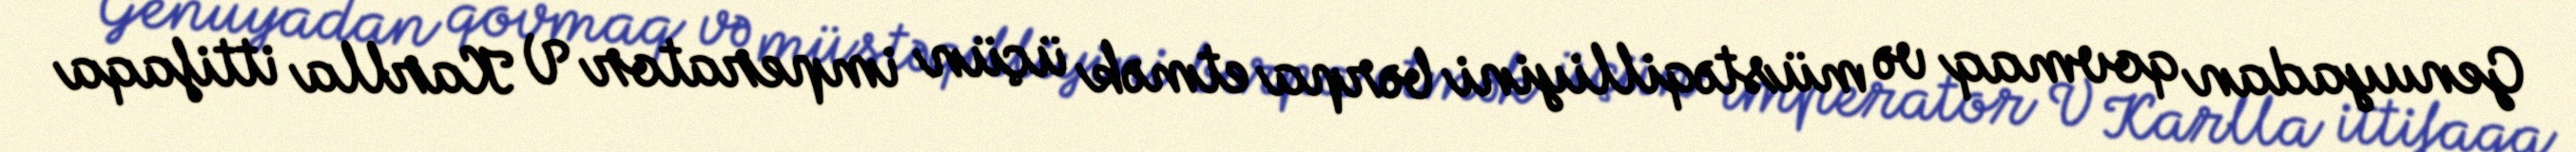
Genuyadan qovmaq və müstəqilliyini bərpa etmək üçün imperator V Karlla ittifaqa